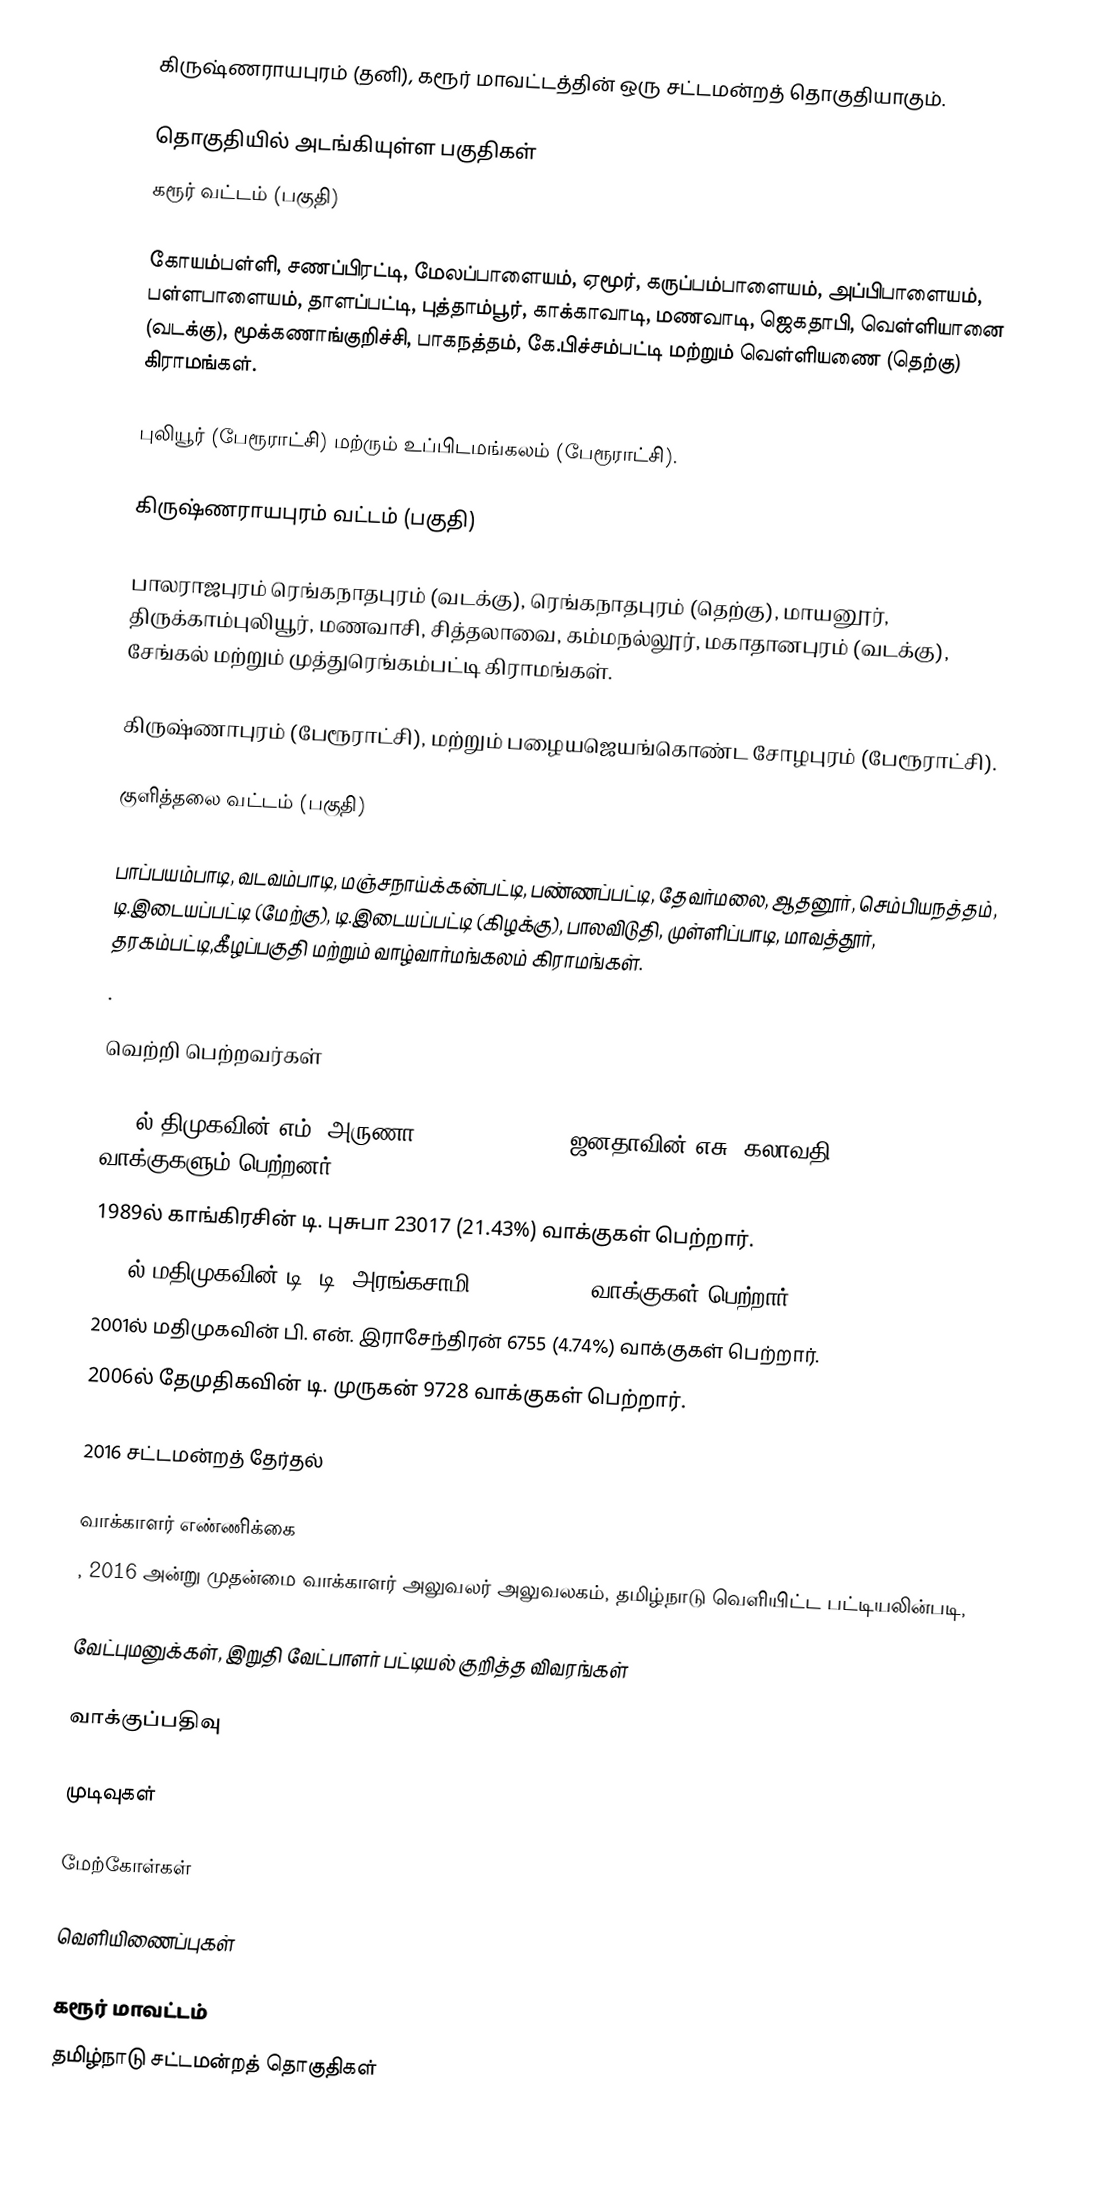
கிருஷ்ணராயபுரம் (தனி), கரூர் மாவட்டத்தின் ஒரு சட்டமன்றத் தொகுதியாகும்.

தொகுதியில் அடங்கியுள்ள பகுதிகள்
கரூர் வட்டம் (பகுதி)

கோயம்பள்ளி, சணப்பிரட்டி, மேலப்பாளையம், ஏமூர், கருப்பம்பாளையம், அப்பிபாளையம், பள்ளபாளையம், தாளப்பட்டி, புத்தாம்பூர், காக்காவாடி, மணவாடி, ஜெகதாபி, வெள்ளியானை (வடக்கு), மூக்கணாங்குறிச்சி, பாகநத்தம், கே.பிச்சம்பட்டி மற்றும் வெள்ளியணை (தெற்கு) கிராமங்கள்.

புலியூர் (பேரூராட்சி) மற்ரும் உப்பிடமங்கலம் (பேரூராட்சி).

கிருஷ்ணராயபுரம் வட்டம் (பகுதி)

பாலராஜபுரம் ரெங்கநாதபுரம் (வடக்கு), ரெங்கநாதபுரம் (தெற்கு), மாயனூர், திருக்காம்புலியூர், மணவாசி, சித்தலாவை, கம்மநல்லூர், மகாதானபுரம் (வடக்கு), சேங்கல் மற்றும் முத்துரெங்கம்பட்டி கிராமங்கள்.

கிருஷ்ணாபுரம் (பேரூராட்சி), மற்றும் பழையஜெயங்கொண்ட சோழபுரம் (பேரூராட்சி).

குளித்தலை வட்டம் (பகுதி)

பாப்பயம்பாடி, வடவம்பாடி, மஞ்சநாய்க்கன்பட்டி, பண்ணப்பட்டி, தேவர்மலை, ஆதனூர், செம்பியநத்தம், டி.இடையப்பட்டி (மேற்கு), டி.இடையப்பட்டி (கிழக்கு), பாலவிடுதி, முள்ளிப்பாடி, மாவத்தூர், தரகம்பட்டி,கீழப்பகுதி மற்றும் வாழ்வார்மங்கலம் கிராமங்கள்.
.

வெற்றி பெற்றவர்கள்

 1977ல் திமுகவின் எம். அருணா 14577 (21.05%) & ஜனதாவின் எசு. கலாவதி 10130 (14.63%) வாக்குகளும் பெற்றனர்.
1989ல் காங்கிரசின் டி. புசுபா 23017 (21.43%) வாக்குகள் பெற்றார்.
1996ல் மதிமுகவின் டி. டி. அரங்கசாமி 7817 (6.04%) வாக்குகள் பெற்றார்.
2001ல் மதிமுகவின் பி. என். இராசேந்திரன் 6755 (4.74%) வாக்குகள் பெற்றார்.
2006ல் தேமுதிகவின் டி. முருகன் 9728 வாக்குகள் பெற்றார்.

2016 சட்டமன்றத் தேர்தல்

வாக்காளர் எண்ணிக்கை
, 2016 அன்று முதன்மை வாக்காளர் அலுவலர் அலுவலகம், தமிழ்நாடு வெளியிட்ட பட்டியலின்படி,

வேட்புமனுக்கள், இறுதி வேட்பாளர் பட்டியல் குறித்த விவரங்கள்

வாக்குப்பதிவு

முடிவுகள்

மேற்கோள்கள்

வெளியிணைப்புகள்

கரூர் மாவட்டம்
தமிழ்நாடு சட்டமன்றத் தொகுதிகள்